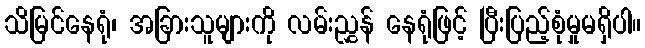
သိမြင်နေရုံ၊ အခြားသူများကို လမ်းညွှန် နေရုံဖြင့် ပြီးပြည့်စုံမှုမရှိပါ။